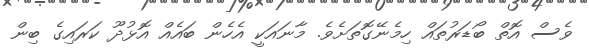
ވެސް އޮތް ބޯޑަރުތައް ހިމެނޭގޮތަށެވެ. މާނައަކީ އެހެން ބައެއް އޮޅުދޫ ކަރައިގެ ބިން